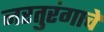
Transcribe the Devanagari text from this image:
नरतुरंगाचे